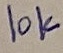
Text: 10K